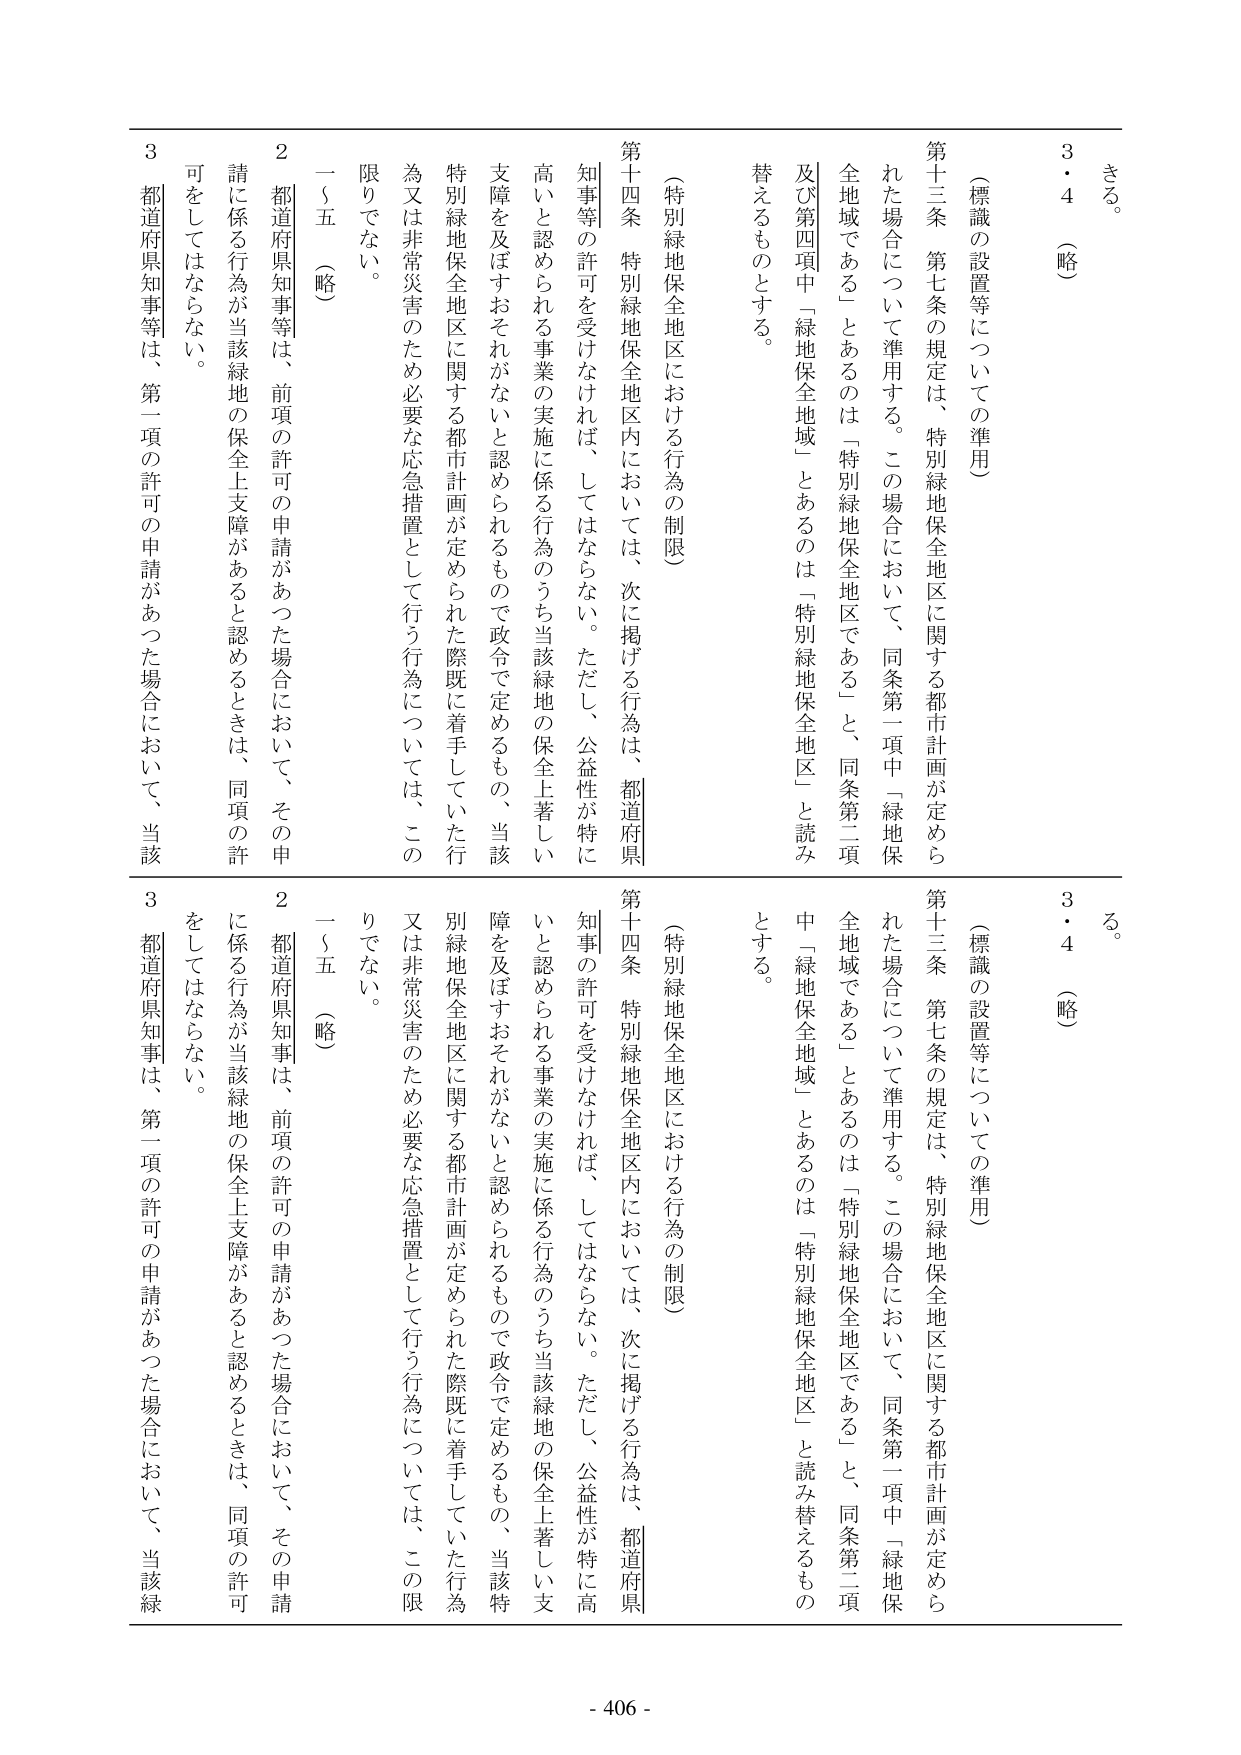
さる。
3・4（略）

（標識の設置等についての準用）
第十三条 第七条の規定は、特別緑地保全地区に関する都市計画が定められた場合について準用する。この場合において、同条第一項中「緑地保全地域である」とあるのは「特別緑地保全地区である」と、同条第二項及び第四項中「緑地保全地域」とあるのは「特別緑地保全地区」と読み替えるものとする。

（特別緑地保全地区における行為の制限）
第十四条 特別緑地保全地区内においては、次に掲げる行為は、都道府県知事等の許可を受けなければ、してはならない。ただし、公益性が特に高いと認められる事業の実施に係る行為のうち当該緑地の保全上著しい支障を及ぼすおそれがないと認められるもので政令で定めるもの、当該特別緑地保全地区に関する都市計画が定められた際既に着手していた行為又は非常災害のため必要な応急措置として行う行為については、この限りでない。
一～五（略）
2 都道府県知事等は、前項の許可の申請があった場合において、その申請に係る行為が当該緑地の保全上支障があると認めるときは、同項の許可をしてはならない。
3 都道府県知事等は、第一項の許可の申請があった場合において、当該

る。
3・4（略）

（標識の設置等についての準用）
第十三条 第七条の規定は、特別緑地保全地区に関する都市計画が定められた場合について準用する。この場合において、同条第一項中「緑地保全地域である」とあるのは「特別緑地保全地区である」と、同条第二項中「緑地保全地域」とあるのは「特別緑地保全地区」と読み替えるものとする。

（特別緑地保全地区における行為の制限）
第十四条 特別緑地保全地区内においては、次に掲げる行為は、都道府県知事の許可を受けなければ、してはならない。ただし、公益性が特に高いと認められる事業の実施に係る行為のうち当該緑地の保全上著しい支障を及ぼすおそれがないと認められるもので政令で定めるもの、当該特別緑地保全地区に関する都市計画が定められた際既に着手していた行為又は非常災害のため必要な応急措置として行う行為については、この限りでない。
一～五（略）
2 都道府県知事は、前項の許可の申請があった場合において、その申請に係る行為が当該緑地の保全上支障があると認めるときは、同項の許可をしてはならない。
3 都道府県知事は、第一項の許可の申請があった場合において、当該緑

- 406 -